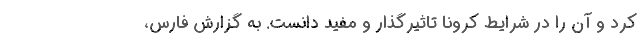
کرد و آن را در شرایط کرونا تاثیرگذار و مفید دانست. به گزارش فارس،